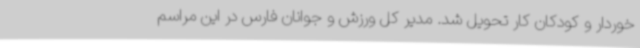
خوردار و کودکان کار تحویل شد. مدیر کل ورزش و جوانان فارس در این مراسم